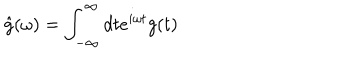
\hat { g } ( \omega ) = \int _ { - \infty } ^ { \infty } d t e ^ { i \omega t } g ( t )